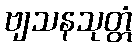
ဗျသနသုတ္တံ